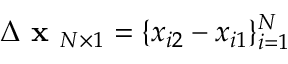
\Delta \textbf { x } _ { N \times 1 } = \{ x _ { i 2 } - x _ { i 1 } \} _ { i = 1 } ^ { N }